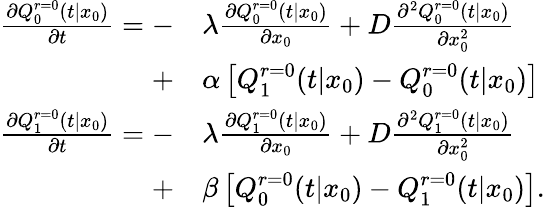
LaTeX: \begin{array}{rl}{\frac{\partial Q_{0}^{r=0}(t|x_{0})}{\partial t}=-}&{\lambda\frac{\partial Q_{0}^{r=0}(t|x_{0})}{\partial x_{0}}+D\frac{\partial^{2}Q_{0}^{r=0}(t|x_{0})}{\partial x_{0}^{2}}}\\ {+}&{\alpha\left[Q_{1}^{r=0}(t|x_{0})-Q_{0}^{r=0}(t|x_{0})\right]}\\ {\frac{\partial Q_{1}^{r=0}(t|x_{0})}{\partial t}=-}&{\lambda\frac{\partial Q_{1}^{r=0}(t|x_{0})}{\partial x_{0}}+D\frac{\partial^{2}Q_{1}^{r=0}(t|x_{0})}{\partial x_{0}^{2}}}\\ {+}&{\beta\left[Q_{0}^{r=0}(t|x_{0})-Q_{1}^{r=0}(t|x_{0})\right].}\end{array}